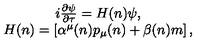
\begin{array} { c } { i \frac { \partial \psi } { \partial \tau } = H ( n ) \psi , } \\ { H ( n ) = \left[ \alpha ^ { \mu } ( n ) p _ { \mu } ( n ) + \beta ( n ) m \right] , } \\ \end{array}